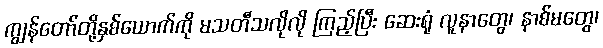
ကျွန်တော်တို့နှစ်ယောက်ကို မသတီသလိုလို ကြည့်ပြီး ဆေးရုံ လူနာတွေ၊ နာစ်မတွေ၊